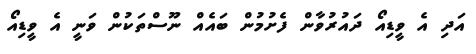
އަދި އެ ވީޑިއޯ ދައުރުވާން ފެށުމުން ބައެއް ނޫސްތަކުން ވަނީ އެ ވީޑިއޯ